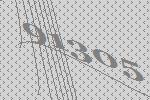
91305